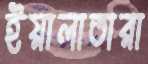
ইয়ালাতারা